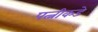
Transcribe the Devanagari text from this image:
पत्नीकडे